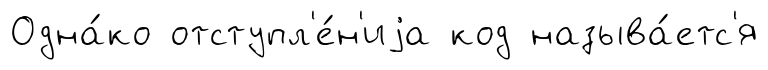
Одна́ко отступл'е́н'иjа код называ́етс'я